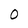
Character: 0